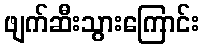
ဖျက်ဆီးသွားကြောင်း